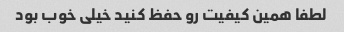
لطفا همین کیفیت رو حفظ کنید خیلی خوب بود